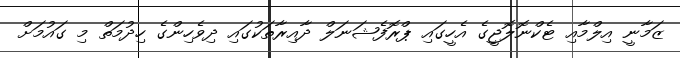
ޒަމާނީ އިލްމާއި ޓެކްނޮލޮޖީގެ އެހީގައި ޕްރޮފެޝަނަލް ދާއިރާތަކުގައި ދިވެހިންގެ ހިދުމަތް މި ގައުމަށް